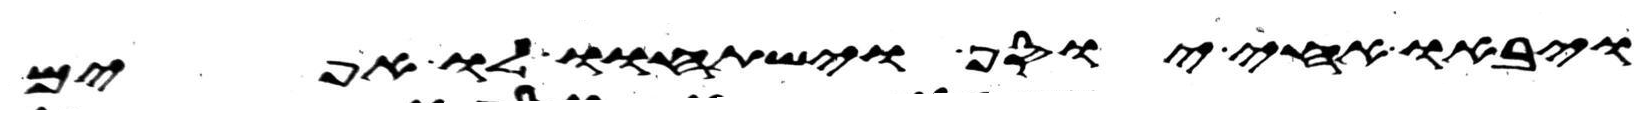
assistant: ויבאו אחי יוסף וישתחוו לו אפים